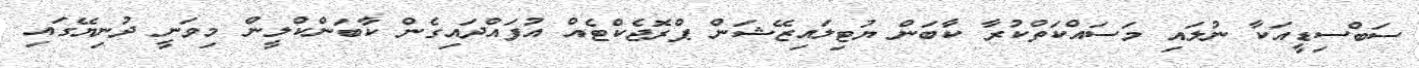
ސަބްސިޑީއަކާ ނުލައި މަސައްކަތްކުރާ ކާބަން ޔުޓިލައިޒޭޝަން ޕްރޮޖެކްޓެއް އުފައްދައިގެން ކާބަންކްލީން މިވަނީ ދުނިޔޭގައި